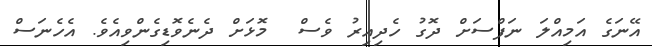
އޭނަގެ އަމިއްލަ ނަފްސަށް ދޮގު ހެދިއިރު ވެސް  މޮޅަށް ދެނެވޮޑިގެންވިއެވެ. އެހެނަސް